Problem: 7 × 11 = ?
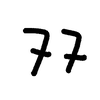
Handwritten answer: 77